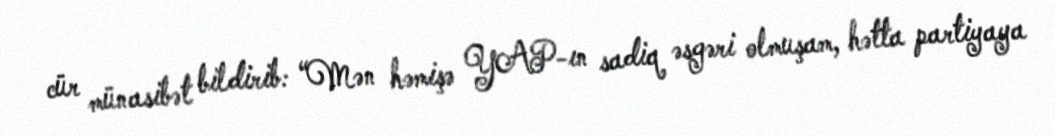
cür münasibət bildirib: “Mən həmişə YAP-ın sadiq əsgəri olmuşam, hətta partiyaya